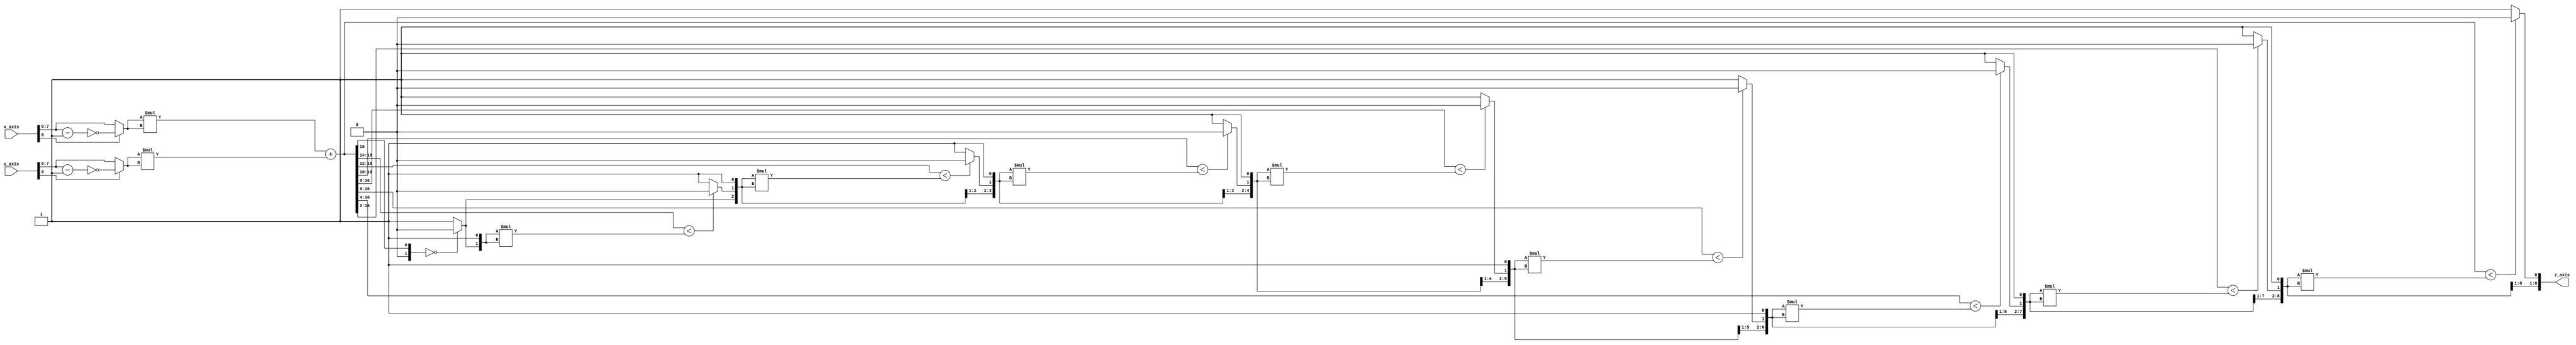
module ariphmetic(
	input [8:0] x_axis,
	input [8:0] y_axis,
	
	output [8:0] z_axis
	);
	
	//converting from two's complement
	wire [7:0] x_normal;
	wire [7:0] y_normal;
	
	assign x_normal = x_axis[8] ? ( ~(x_axis[7:0] - 1)) : ( x_axis[7:0] );
	assign y_normal = y_axis[8] ? ( ~(y_axis[7:0] - 1)) : ( y_axis[7:0] );
	
	//x2 and y2
	
	wire [15:0] x2, y2;
	assign x2 = x_normal * x_normal;
	assign y2 = y_normal * y_normal;
	
	wire [17:0] z2;
	assign z2 = x2 + y2;
	
	assign z_axis[8] = (z2[17:16] == 2'b00) ? 1'b0 : 1'b1;
	assign z_axis[7] = (z2[17:14] < {z_axis[8], 1'b1} * {z_axis[8], 1'b1}) ? 1'b0 : 1'b1;
	assign z_axis[6] = (z2[17:12] < {z_axis[8:7], 1'b1} * {z_axis[8:7], 1'b1}) ? 1'b0 : 1'b1;
	assign z_axis[5] = (z2[17:10] < {z_axis[8:6], 1'b1} * {z_axis[8:6], 1'b1}) ? 1'b0 : 1'b1;
	assign z_axis[4] = (z2[17:8]  < {z_axis[8:5], 1'b1} * {z_axis[8:5], 1'b1}) ? 1'b0 : 1'b1;
	assign z_axis[3] = (z2[17:6]  < {z_axis[8:4], 1'b1} * {z_axis[8:4], 1'b1}) ? 1'b0 : 1'b1;
	assign z_axis[2] = (z2[17:4]  < {z_axis[8:3], 1'b1} * {z_axis[8:3], 1'b1}) ? 1'b0 : 1'b1;
	assign z_axis[1] = (z2[17:2]  < {z_axis[8:2], 1'b1} * {z_axis[8:2], 1'b1}) ? 1'b0 : 1'b1;
	assign z_axis[0] = (z2[17:0]  < {z_axis[8:1], 1'b1} * {z_axis[8:1], 1'b1}) ? 1'b0 : 1'b1;
	
endmodule